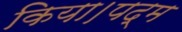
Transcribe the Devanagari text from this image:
किया।पद्म